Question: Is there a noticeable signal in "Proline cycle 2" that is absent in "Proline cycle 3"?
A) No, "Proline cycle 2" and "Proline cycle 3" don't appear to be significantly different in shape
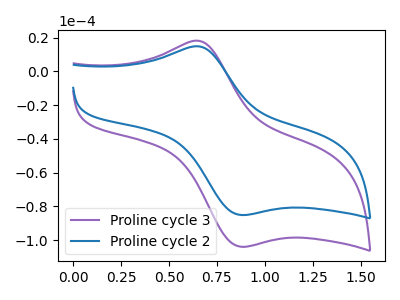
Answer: <think>The purple curve "Proline cycle 3" has an anodic peak at (0.65V, 18.00uA) and a cathodic peak at (0.90V, -103.95uA). The blue curve "Proline cycle 2" has an anodic peak at (0.65V, 14.75uA) and a cathodic peak at (0.90V, -85.15uA).
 All the peaks in "Proline cycle 2" have a peak in "Proline cycle 3" at the same potential. Every peak in "Proline cycle 2" is lower than every peak in "Proline cycle 3".</think>
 <answer>A) No, "Proline cycle 2" and "Proline cycle 3" don't appear to be significantly different in shape</answer>
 <eval>A</eval>